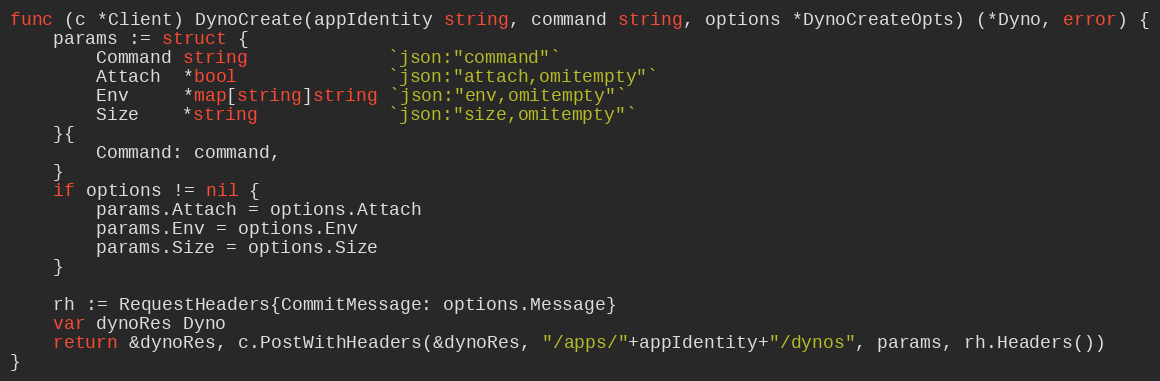
Language: Go
func (c *Client) DynoCreate(appIdentity string, command string, options *DynoCreateOpts) (*Dyno, error) {
	params := struct {
		Command string             `json:"command"`
		Attach  *bool              `json:"attach,omitempty"`
		Env     *map[string]string `json:"env,omitempty"`
		Size    *string            `json:"size,omitempty"`
	}{
		Command: command,
	}
	if options != nil {
		params.Attach = options.Attach
		params.Env = options.Env
		params.Size = options.Size
	}

	rh := RequestHeaders{CommitMessage: options.Message}
	var dynoRes Dyno
	return &dynoRes, c.PostWithHeaders(&dynoRes, "/apps/"+appIdentity+"/dynos", params, rh.Headers())
}